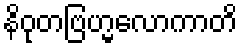
နိဝုတဗြဟ္မလောကာတိ